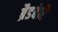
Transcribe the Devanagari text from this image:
ब्रैडबेरि